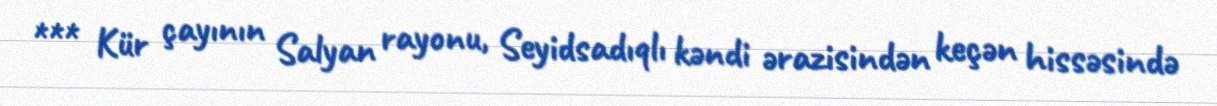
*** Kür çayının Salyan rayonu, Seyidsadıqlı kəndi ərazisindən keçən hissəsində